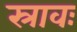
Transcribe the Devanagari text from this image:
स्रावः